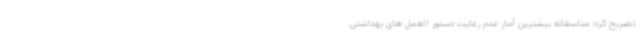
تصریح کرد: متاسفانه بیشترین آمار عدم رعایت دستور العمل های بهداشتی